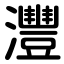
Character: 灃